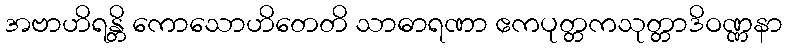
အဗာဟိရန္တိ ကောသောဟိတေတိ သာဓာရဏာ ဧကပုတ္တကသုတ္တာဒိဝဏ္ဏနာ